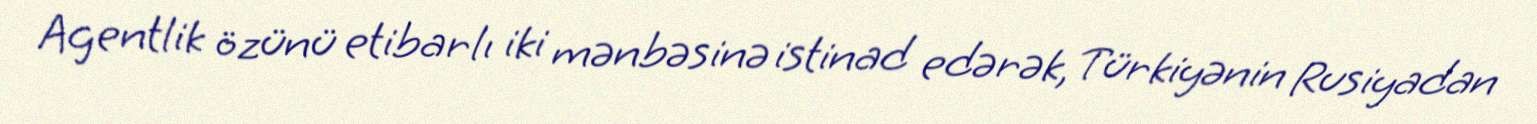
Agentlik özünü etibarlı iki mənbəsinə istinad edərək, Türkiyənin Rusiyadan